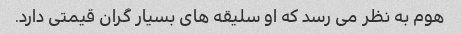
هوم به نظر می رسد که او سلیقه های بسیار گران قیمتی دارد.